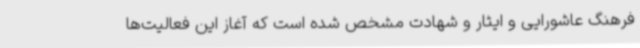
فرهنگ عاشورایی و ایثار و شهادت مشخص شده است که آغاز این فعالیت‌ها